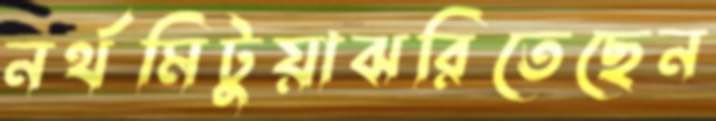
নর্থমিটুয়াঝরিতেছেন